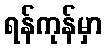
ရန်ကုန်မှာ